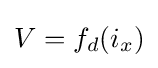
V={f_{d}}({i_{x}})